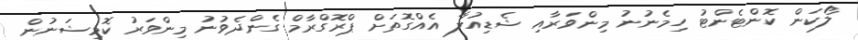
ލޯކަން ކޮންޓެންޓު ހިމެނުނު މިންވަރާއި ޝެޑިއުލާ އެއްގޮތަށް ޕްރޮގްރާމް ގެންދެވުނު މިންވަރު ކޮމިޝަނުން